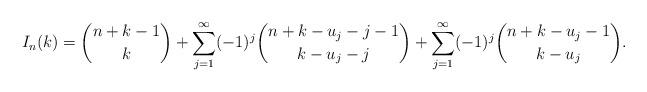
LaTeX: \begin{align*}I_n(k) = \binom{n+k-1}{k} + \sum_{j=1}^{\infty} (-1)^j \binom{n+k -u_j -j -1}{k-u_j -j} + \sum_{j=1}^{\infty} (-1)^j \binom{n+k -u_j -1}{k-u_j }.\end{align*}